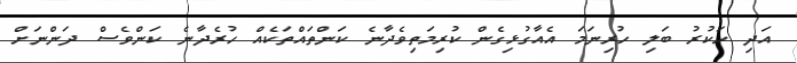
އަދި ހަކުރު ބަލި ހުރިނަމަ އެއާގުޅިގެން ކުރިމަތިވެދާނެ ކަންތައްތަކެއް ހުރެދާނެ ކަންވެސް ދަންނަށް